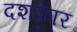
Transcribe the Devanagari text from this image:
दशफार